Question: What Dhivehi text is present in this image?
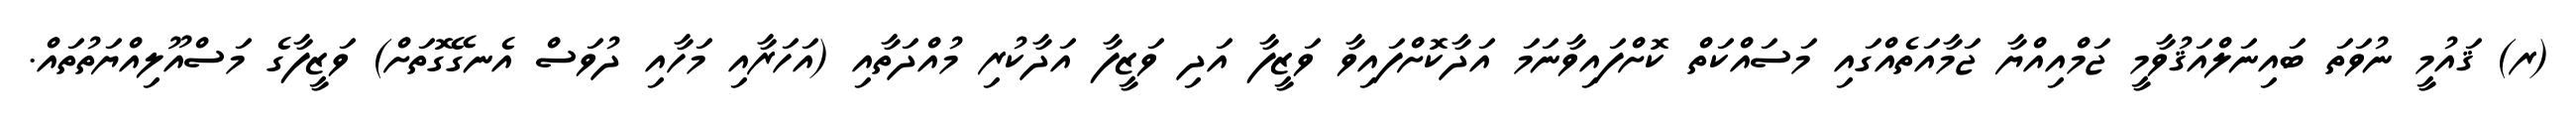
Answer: (ރ) ޤައުމީ ނުވަތަ ބައިނަލްއަޤުވާމީ ޖަމްއިއްޔާ ޖަމާއަތެއްގައި މަސައްކަތް ކޮށްފައިވާނަމަ އަދާކޮށްފައިވާ ވަޒީފާ އަދި ވަޒީފާ އަދާކުރި މުއްދަތާއި (އަހަރާއި މަހާއި ދުވަސް އެނގޭގޮތަށް) ވަޒީފާގެ މަސްއޫލިއްޔަތުތައް.